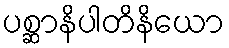
ပစ္ဆာနိပါတိနိယော